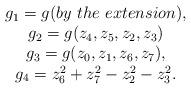
LaTeX: \begin{align*}\begin{array}{c}g_1 =g (by\ the \ extension),\\ g_2=g(z_4, z_5, z_2, z_3)\\ g_3=g(z_0, z_1, z_6, z_7), \\g_4=z_6^2+z_7^2-z_2^2-z_3^2.\end{array}\end{align*}